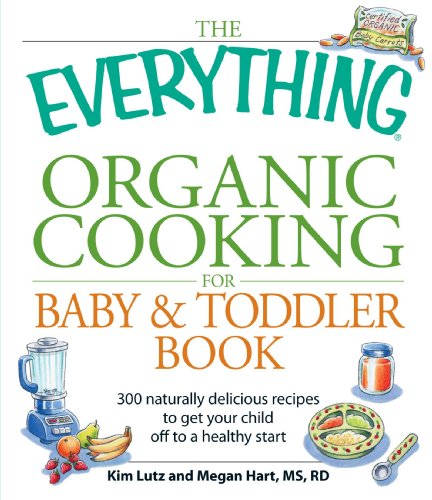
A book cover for The Everything Organic Cooking for Baby & Toddler Book: 300 naturally delicious recipes to get your child off to a healthy start; Kim Lutz; Cookbooks, Food & Wine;